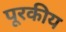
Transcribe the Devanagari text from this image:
पूरकीय